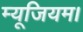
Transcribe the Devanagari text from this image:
म्यूजियम।